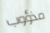
مذؤوب